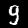
Digit: 9